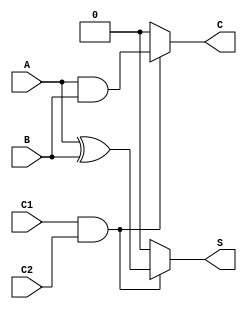
module ConditionalHalfAdder (
    input wire A,        // First single-bit input
    input wire B,        // Second single-bit input
    input wire C1,       // Control signal 1
    input wire C2,       // Control signal 2
    output reg S,        // Sum output
    output reg C         // Carry output
);

// Internal signals for sum and carry computation
wire sum_temp;
wire carry_temp;

assign sum_temp = A ^ B;  // Sum logic (A XOR B)
assign carry_temp = A & B; // Carry logic (A AND B)

// Always block to determine output based on control signals
always @(*) begin
    if (C1 && C2) begin
        // When both control signals are high, perform addition
        S = sum_temp;
        C = carry_temp;
    end else begin
        // When control signals do not permit addition
        S = 1'b0; // or maintain previous value based on requirements
        C = 1'b0; // or maintain previous value based on requirements
    end
end

endmodule